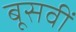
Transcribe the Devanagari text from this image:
बूसवीं